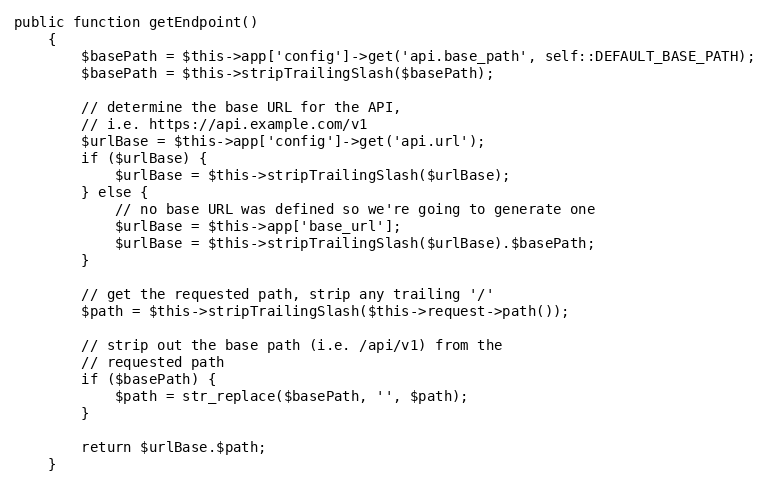
Language: PHP
public function getEndpoint()
    {
        $basePath = $this->app['config']->get('api.base_path', self::DEFAULT_BASE_PATH);
        $basePath = $this->stripTrailingSlash($basePath);

        // determine the base URL for the API,
        // i.e. https://api.example.com/v1
        $urlBase = $this->app['config']->get('api.url');
        if ($urlBase) {
            $urlBase = $this->stripTrailingSlash($urlBase);
        } else {
            // no base URL was defined so we're going to generate one
            $urlBase = $this->app['base_url'];
            $urlBase = $this->stripTrailingSlash($urlBase).$basePath;
        }

        // get the requested path, strip any trailing '/'
        $path = $this->stripTrailingSlash($this->request->path());

        // strip out the base path (i.e. /api/v1) from the
        // requested path
        if ($basePath) {
            $path = str_replace($basePath, '', $path);
        }

        return $urlBase.$path;
    }